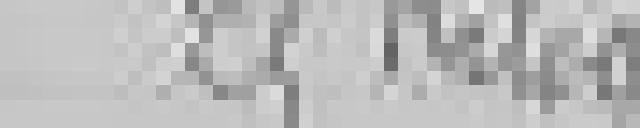
25 kilogrammes